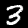
Digit: 3